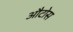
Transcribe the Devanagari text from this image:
औटोस